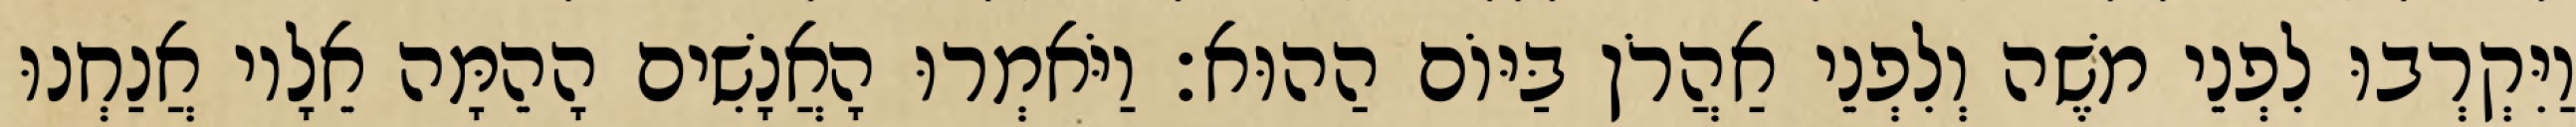
וַיִּקְרְבוּ לִפְנֵי משֶׁה וְלִפְנֵי אַהֲרֹן בַּיּוֹם הַהוּא׃ וַיֹּאמְרוּ הָאֲנָשִׁים הָהֵמָּה אֵלָיו אֲנַחְנוּ